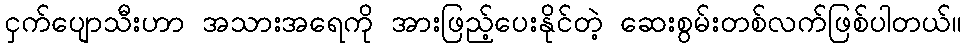
ငှက်ပျောသီးဟာ အသားအရေကို အားဖြည့်ပေးနိုင်တဲ့ ဆေးစွမ်းတစ်လက်ဖြစ်ပါတယ်။